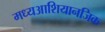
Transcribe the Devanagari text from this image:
मध्यआशियानजिक